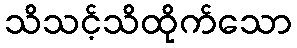
သိသင့်သိထိုက်သော